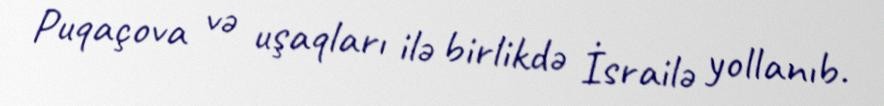
Puqaçova və uşaqları ilə birlikdə İsrailə yollanıb.